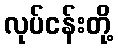
လုပ်ငန်းတို့